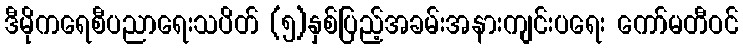
ဒီမိုကရေစီပညာရေးသပိတ် (၅)နှစ်ပြည့်အခမ်းအနားကျင်းပရေး ကော်မတီဝင်